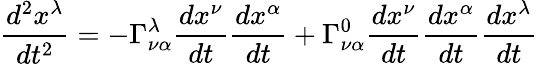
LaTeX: {\frac{d^{2}x^{\lambda}}{dt^{2}}}=-\Gamma_{\nu\alpha}^{\lambda}{\frac{dx^{\nu}}{dt}}{\frac{dx^{\alpha}}{dt}}+\Gamma_{\nu\alpha}^{0}{\frac{dx^{\nu}}{dt}}{\frac{dx^{\alpha}}{dt}}{\frac{dx^{\lambda}}{dt}}